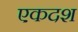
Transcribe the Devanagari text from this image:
एकदश